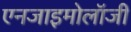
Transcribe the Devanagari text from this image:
एनजाइमोलॉजी